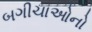
બગીચાઓનો